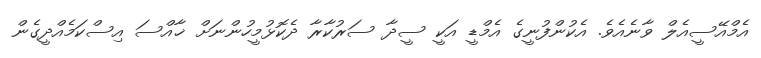
އެމްއޭސީއެލް ވާނެއެވެ. އެކުންފުނީގެ އެމްޑީ އަކީ ސީދާ ސަރުކާރާ ދެކޮޅުމީހުންނަށް ޚާއްސަ އިސްކަމެއްދީގެން